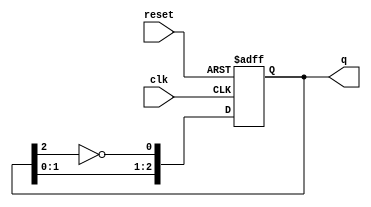
module johnson_counter #(
    parameter N = 3  // Number of flip-flops (can be modified)
)(
    input wire clk,       // Clock signal
    input wire reset,     // Asynchronous reset signal
    output reg [N-1:0] q // Output representing the current count
);

// Internal signal for the inverted output of the last flip-flop
wire feedback;

// Invert the last flip-flop output for feedback
assign feedback = ~q[N-1];

// Sequential logic for the Johnson counter
always @(posedge clk or posedge reset) begin
    if (reset) begin
        // Asynchronous reset: clear all flip-flops
        q <= 0;
    end else begin
        // Shift the current state and feed back the inverted last flip-flop
        q <= {q[N-2:0], feedback};
    end
end

endmodule